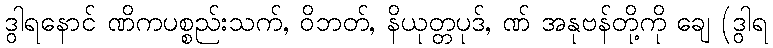
ဒွါရနောင် ဏိကပစ္စည်းသက်, ဝိဘတ်, နိယုတ္တပုဒ်, ဏ် အနုဗန်တို့ကို ချေ (ဒွါရ